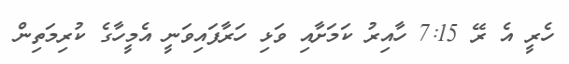
ހެރީ އެ ރޭ 7:15 ހާއިރު ކަމަށާއި ވަޅި ހަރާފައިވަނީ އެމީހާގެ ކުރިމަތިން